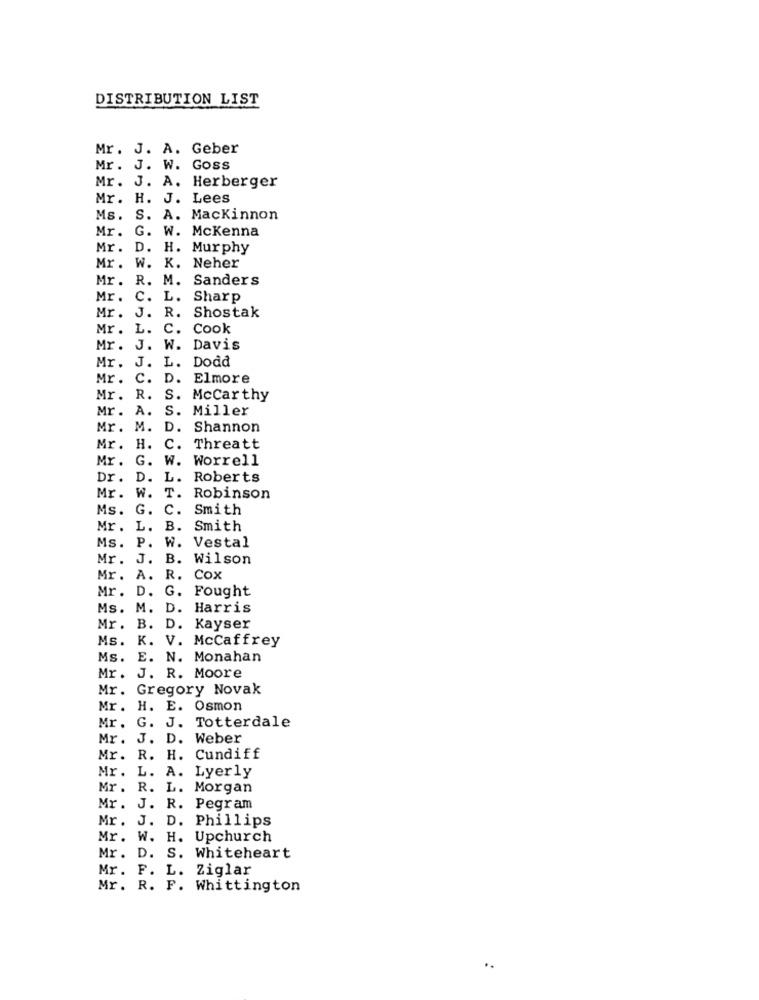
DISTRIBUTION LIST
Mr. J. A. Geber
Mr. J. W. Goss
Mr. J. A. Herberger
Mr. H. J. Lees
Ms. S. A. Mackinnon
Mr. G. W. Mckenna
Mr.
D. H. Murphy
Mr .
W. K. Neher
Mr.
R. M. Sanders
Mr.
C. L. Sharp
Mr.
J. R. Shostak
Mr. L.
C. Cook
Mr. J. W. Davis
Mr. J. L. Dodd
Mr .
c.
D. Elmore
Mr. R.
S. Mccarthy
Mr. A.
S. Miller
Mr. M.
D. Shannon
Mr. H. C. Threatt
Mr. G. W. Worrell
Dr. D. L. Roberts
T.
Mr. W.
Robinson
Ms. G. C.
Smith
Mr. L. B.
Smith
Ms. P. W. Vestal
Mr. J. B. Wilson
Mr. A. R. Cox
Mr. D. G. Fought
Ms. M. D. Harris
Mr. B. D. Kayser
Ms. K. V. McCaffrey
Ms.
E. N. Monahan
Mr .
J. R. Moore
Mr.
Gregory Novak
Mr .
H. E. Osmon
Mr. G. J. Totterdale
Mr. J. D. Weber
Mr. R. H. Cundiff
Mr. L. A. Lyerly
Mr. R. L. Morgan
Mr. J. R. Pegram
Mr. J. D. Phillips
Mr. W.
H. Upchurch
Mr. D. S. Whiteheart
Mr. F. L. Ziglar
Mr. R. F. Whittington
..